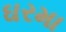
ઘરમા